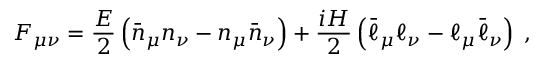
F _ { \mu \nu } = \frac { { \cal E } } { 2 } \left( \bar { n } _ { \mu } n _ { \nu } - n _ { \mu } \bar { n } _ { \nu } \right) + \frac { i { \cal H } } { 2 } \left( \bar { \ell } _ { \mu } \ell _ { \nu } - \ell _ { \mu } \bar { \ell } _ { \nu } \right) \; ,